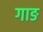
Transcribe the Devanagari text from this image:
गाङ